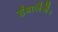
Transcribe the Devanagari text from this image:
सँभालेंगें।